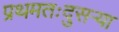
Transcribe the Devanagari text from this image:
प्रथमतःदुसऱ्या